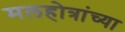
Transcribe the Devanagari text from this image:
मलहोत्रांच्या